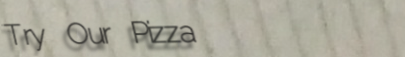
Try Our Pizza